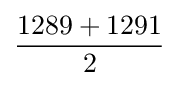
{\frac {1289+1291}{2}}